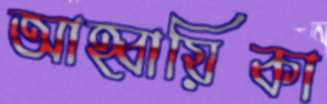
আহ্বায়িকা